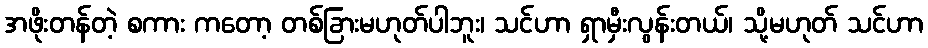
အဖိုးတန်တဲ့ စကား ကတော့ တစ်ခြားမဟုတ်ပါဘူး၊ သင်ဟာ ရှာမှီးလွန်းတယ်၊ သို့မဟုတ် သင်ဟာ